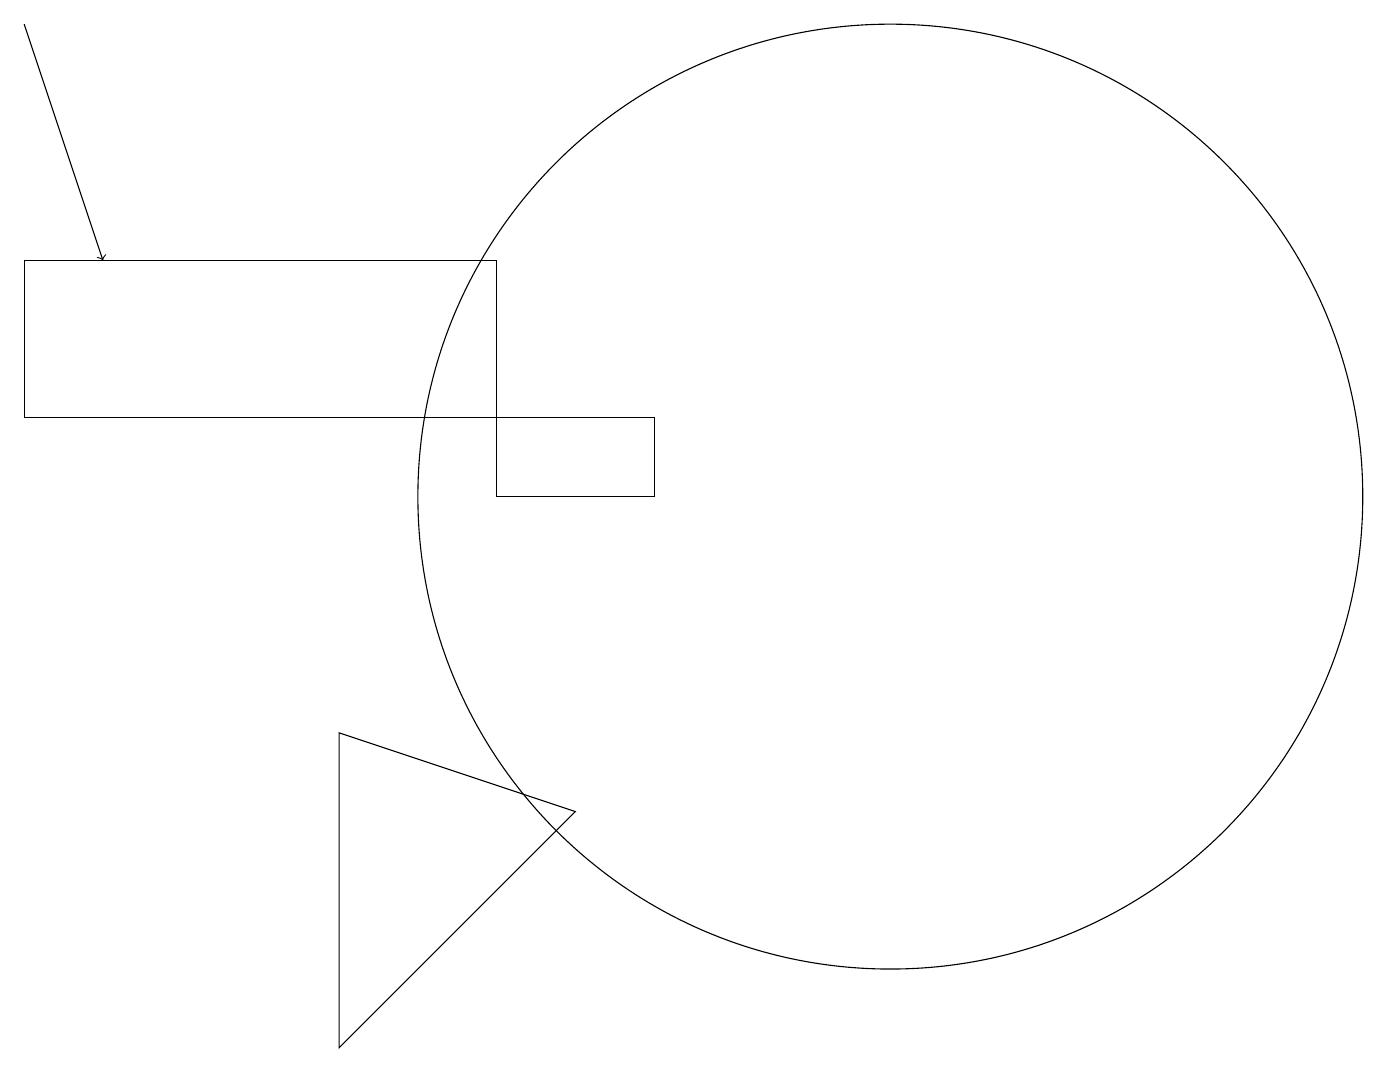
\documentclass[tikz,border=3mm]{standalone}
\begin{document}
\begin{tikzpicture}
\draw (6,12) rectangle (0,14);
\draw (4,8) -- (4,4) -- (7,7) -- cycle;
\draw (11,11) circle (6);
\draw[->] (0,17) -- (1,14);
\draw (8,12) rectangle (6,11);
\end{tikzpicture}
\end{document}